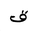
Letter: _qaf